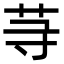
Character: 䒭